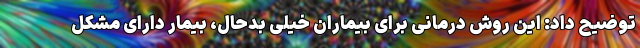
توضیح داد: این روش درمانی برای بیماران خیلی بدحال، بیمار دارای مشکل